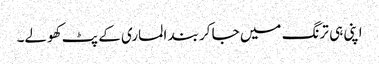
اپنی ہی ترنگ میں جا کر بند الماری کے پٹ کھولے۔